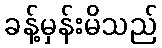
ခန့်မှန်းမိသည်